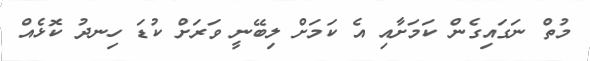
މުތް ނަގައިގެން ކަމަށާއި އެ ކަމަށް ލިބޭނީ ވަރަށް ކުޑަ ހިނދު ކޮޅެއް